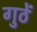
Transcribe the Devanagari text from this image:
गुठें